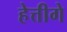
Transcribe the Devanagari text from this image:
हेत्तीगे